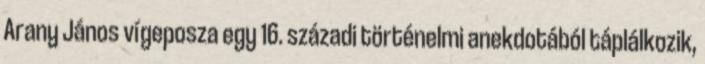
Arany János vígeposza egy 16. századi történelmi anekdotából táplálkozik,